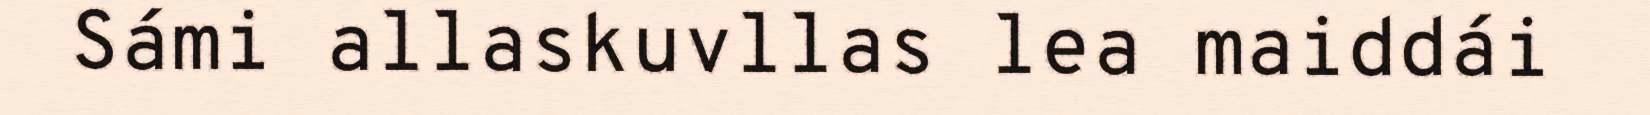
Sámi allaskuvllas lea maiddái